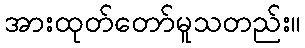
အားထုတ်တော်မူသတည်း။